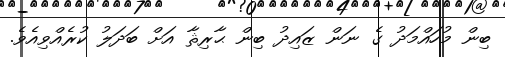
ބިން މުހައްމަދު ގެ ނަން ޒައިދު ބިން ޙާރިޘާ އަށް ބަދަލު ކުރެއްވިއެވެ.